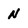
Character: N